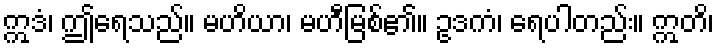
ဣဒံ၊ ဤရေသည်။ မဟိယာ၊ မဟီမြစ်၏။ ဥဒကံ၊ ရေပါတည်း။ ဣတိ၊